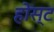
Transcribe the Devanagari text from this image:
होस्‍ट